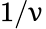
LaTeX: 1/\upnu